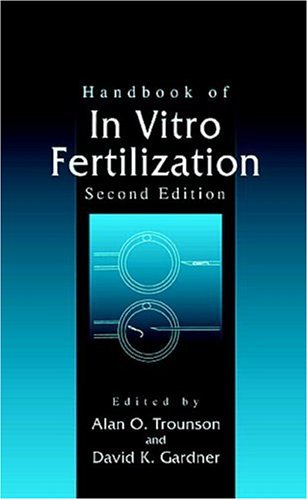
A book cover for Handbook of In Vitro  Fertilization, Second Edition; Medical Books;